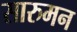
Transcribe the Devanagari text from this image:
सारुमन